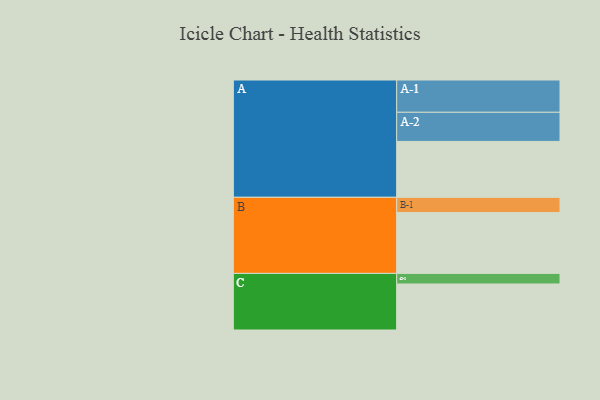
{"axis": {"x": "Segment", "y": "Value"}, "legend": ["", "A", "B", "C"], "data": [{"x": "A", "y": 476, "type": ""}, {"x": "B", "y": 518, "type": ""}, {"x": "C", "y": 392, "type": ""}, {"x": "A-1", "y": 275, "type": "A"}, {"x": "A-2", "y": 248, "type": "A"}, {"x": "B-1", "y": 130, "type": "B"}, {"x": "C-1", "y": 90, "type": "C"}]}